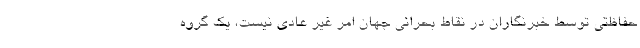
حفاظتی توسط خبرنگاران در نقاط بحرانی جهان امر غیر عادی نیست، یک گروه